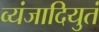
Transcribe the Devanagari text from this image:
व्यंजादियुतं